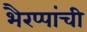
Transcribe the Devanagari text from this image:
भैरप्पांची